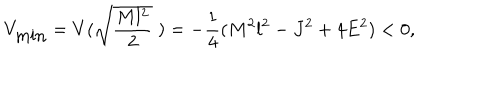
LaTeX: V _ { \mathrm { m i n } } = V ( \sqrt { \frac { M l ^ { 2 } } { 2 } } \; ) = - \frac { 1 } { 4 } ( M ^ { 2 } l ^ { 2 } - J ^ { 2 } + 4 E ^ { 2 } ) < 0 ,